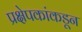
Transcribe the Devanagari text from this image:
प्रक्षेपकांकडून